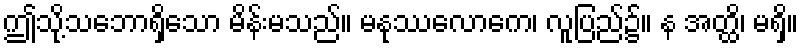
ဤသို့သဘောရှိသော မိန်းမသည်။ မနုဿလောကေ၊ လူပြည်၌။ န အတ္ထိ၊ မရှိ။